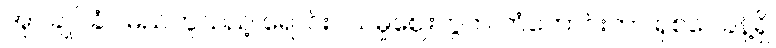
အုပ်ချုပ်ခံပါမည်ဟူသည့် ရောင်းဝယ်မှုဈေးကွက် ကံကောင်းတာ ရှစ်ပေခန့်ရှိ